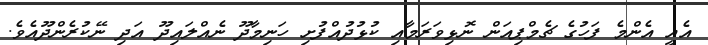
އެއީ އެންމެ ފަހުގެ ޗެމްޕިއަން ނޮޅިވަރަމާއި ކުޅުދުއްފުށި ހަނިމާދޫ ނެއްލައިދޫ އަދި ނޭކުރެންދޫއެވެ.